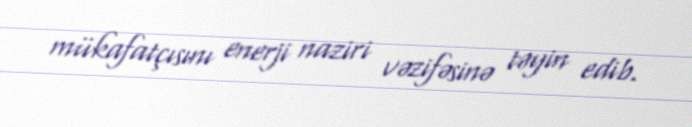
mükafatçısını enerji naziri vəzifəsinə təyin edib.